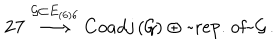
{ \bf 2 7 } \stackrel { \mathcal { G } \subset E _ { \left( 6 \right) 6 } } { \longrightarrow } C o a d j \left( \mathcal { G } \right) \oplus \mathrm { ~ r e p . ~ o f ~ } \mathcal { G } \, .